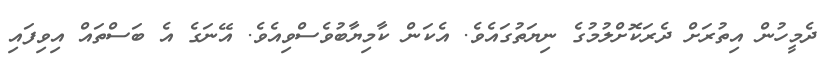
ދެމީހުން އިތުރަށް ދެރަކޮށްލުމުގެ ނިޔަތުގައެވެ. އެކަން ކާމިޔާބުވެސްވިއެވެ. އޭނަގެ އެ ބަސްތައް އިވިފައި